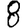
Digit: 8